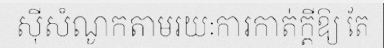
ស៊ីសំណូកតាមរយៈការកាត់ក្តីឱ្យ តែ